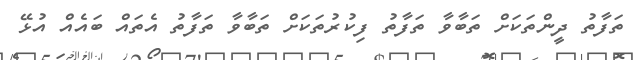
ތަފާތު ދީންތަކަށް ތަބާވާ ތަފާތު ފިކުރުތަކަށް ތަބާވާ ތަފާތު އެތައް ބައެއް އުޅޭ